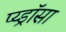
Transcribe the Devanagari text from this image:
प्य्ड्रॉसा